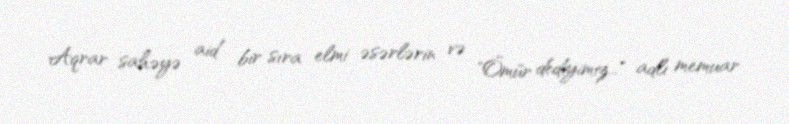
Aqrar sahəyə aid bir sıra elmi əsərlərin və "Ömür dediyimiz…" adlı memuar